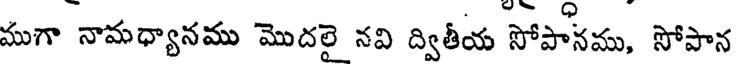
ముగా నామధ్యానము మొదలై నవి ద్వితీయ సోపానము, సోపాన